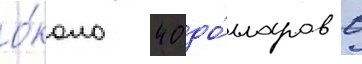
о́коло 40 до́лларов в